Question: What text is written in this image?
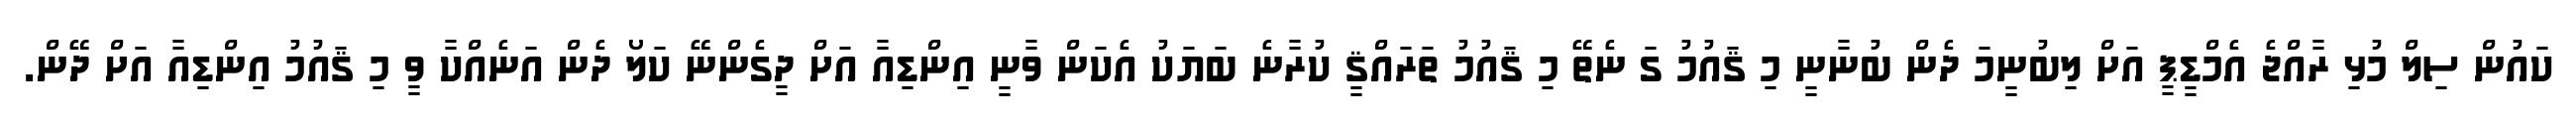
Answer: ކައުން ސިލް މުޅި ރާއްޖެ އެމްޑީޕީ އަށް ލިބުނީމަ ދެން ބުނާނީ މި ޤައުމު ގަ ނެތޭ މި ޤައުމު ތަރައްޤީ ކުރާނެ ބަޔަކު އެކަން ވާނީ އިންޑިއާ އަށް ދީގެންނޭ ކަލޯ ދެން އަނެއްކާ ވީ މި ޤައުމު އިންޑިއާ އަށް ދޭން.